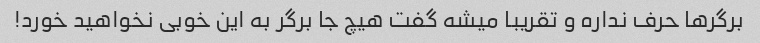
برگرها حرف نداره و تقریبا میشه گفت هیچ جا برگر به این خوبی نخواهید خورد!